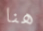
هنا